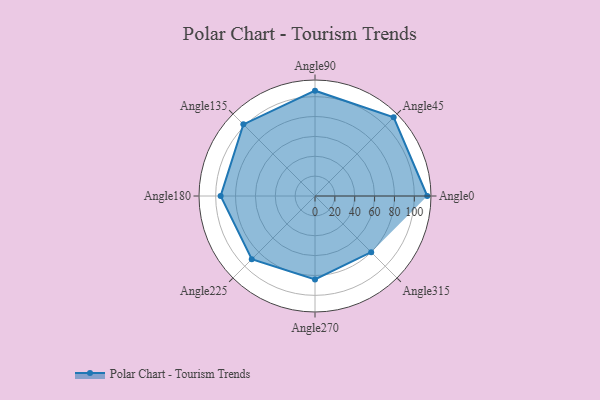
{"axis": {"x": "Angle", "y": "Radius"}, "legend": [""], "data": [{"x": "Angle0", "y": 113.0, "type": ""}, {"x": "Angle45", "y": 112.0, "type": ""}, {"x": "Angle90", "y": 106.0, "type": ""}, {"x": "Angle135", "y": 102.0, "type": ""}, {"x": "Angle180", "y": 95.0, "type": ""}, {"x": "Angle225", "y": 90.0, "type": ""}, {"x": "Angle270", "y": 84.0, "type": ""}, {"x": "Angle315", "y": 80.0, "type": ""}]}